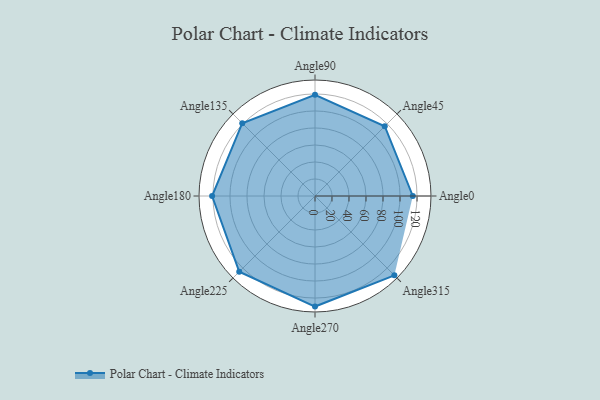
{"axis": {"x": "Angle", "y": "Radius"}, "legend": [""], "data": [{"x": "Angle0", "y": 115.0, "type": ""}, {"x": "Angle45", "y": 116.0, "type": ""}, {"x": "Angle90", "y": 119.0, "type": ""}, {"x": "Angle135", "y": 121.0, "type": ""}, {"x": "Angle180", "y": 121.0, "type": ""}, {"x": "Angle225", "y": 126.0, "type": ""}, {"x": "Angle270", "y": 130.0, "type": ""}, {"x": "Angle315", "y": 132.0, "type": ""}]}